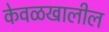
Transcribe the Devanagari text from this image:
केवळखालील